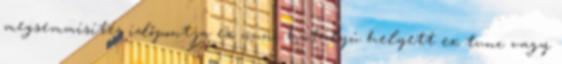
megsemmisítés időpontja ex nunc hatályú helyett ex tunc vagy